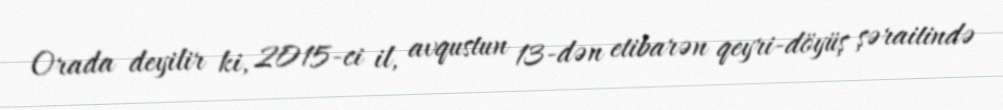
Orada deyilir ki, 2015-ci il, avqustun 13-dən etibarən qeyri-döyüş şəraitində